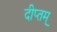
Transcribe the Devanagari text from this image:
दीप्तम्